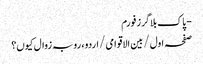
- پاک بلاگرز فورم
صفحہ اول / بین الاقوامی / اردو، رو بہ زوال کیوں؟